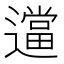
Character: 𬩖